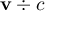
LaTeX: \mathbf { v } \div c